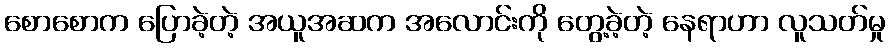
စောစောက ပြောခဲ့တဲ့ အယူအဆက အလောင်းကို တွေ့ခဲ့တဲ့ နေရာဟာ လူသတ်မှု